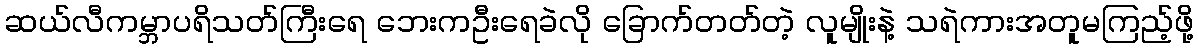
ဆယ်လီကမ္ဘာပရိသတ်ကြီးရေ ဘေးကဦးရေခဲလို ခြောက်တတ်တဲ့ လူမျိုးနဲ့ သရဲကားအတူမကြည့်ဖို့